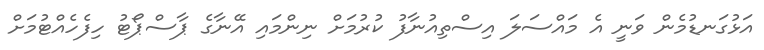
އަޅުގަނޑުމެން ވަނީ އެ މައްސަލަ އިސްތިއުނާފު ކުރުމަށް ނިންމައި އޭނާގެ ޕާސްޕޯޓު ހިފެހެއްޓުމަށް